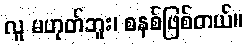
လူ မဟုတ်ဘူး၊ စနစ်ဖြစ်တယ်။